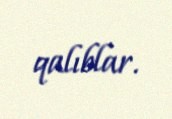
qalıblar.